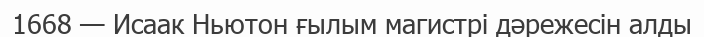
1668 — Исаак Ньютон ғылым магистрі дәрежесін алды